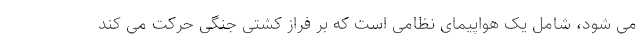
می شود، شامل یک هواپیمای نظامی است که بر فراز کشتی جنگی حرکت می کند